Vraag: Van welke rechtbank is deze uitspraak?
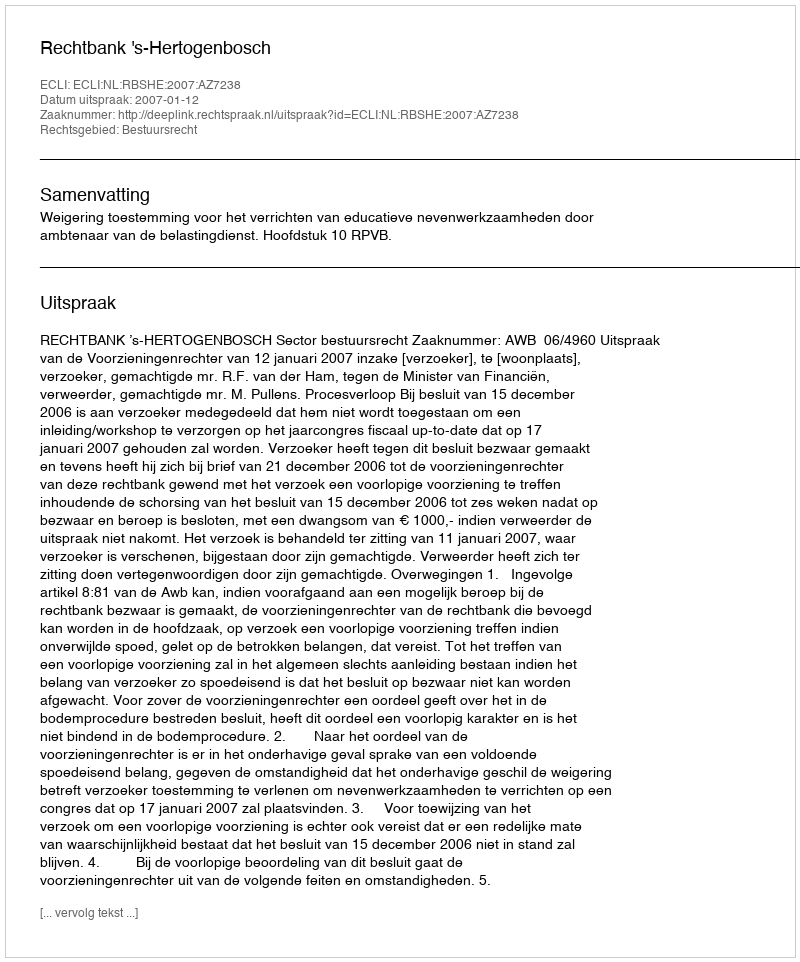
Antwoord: Rechtbank 's-Hertogenbosch